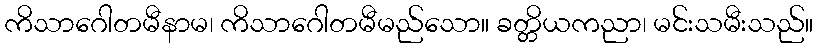
ကိသာဂေါတမီနာမ၊ ကိသာဂေါတမီမည်သော။ ခတ္တိယကညာ၊ မင်းသမီးသည်။